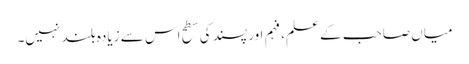
میاں صاحب کے علم، فہم اور پسند کی سطح اس سے زیادہ بلند نہیں۔